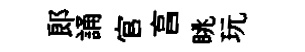
郞誦官亯眺玩